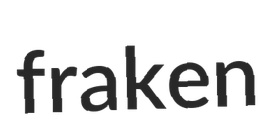
fraken